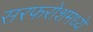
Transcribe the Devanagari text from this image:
सरफरोशमध्ये